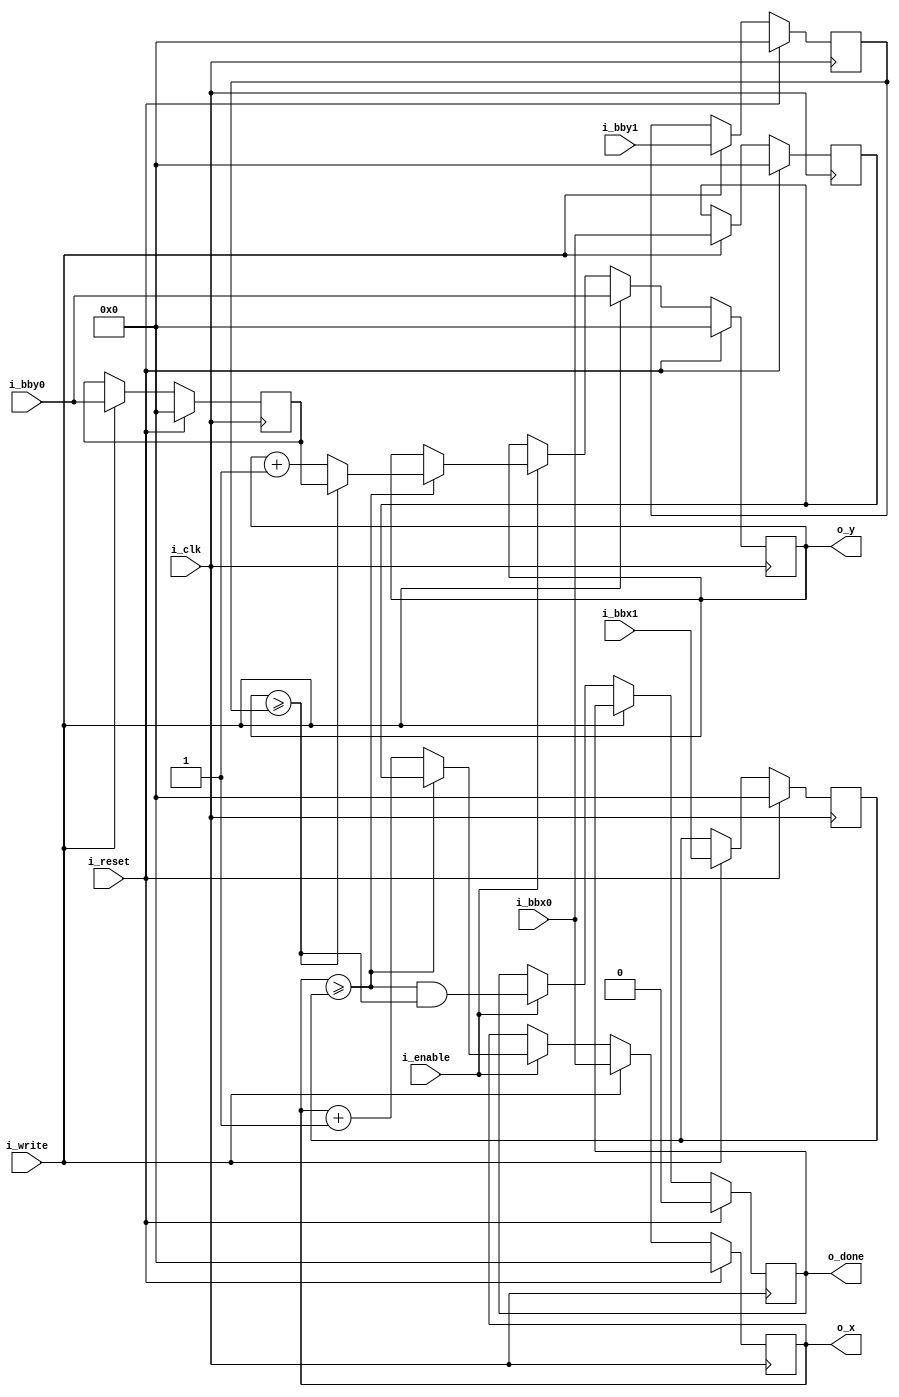
/*
 * Copyright (c) 2021, Marcos Medeiros
 * Licensed under BSD 3-clause.
 */
 
module BoundingBoxIterator #(parameter XLEN=15)
(
  input                       i_clk,
  input                       i_enable,
  input                       i_reset,
  input                       i_write,
  input signed [XLEN:0]       i_bbx0,
  input signed [XLEN:0]       i_bbx1,
  input signed [XLEN:0]       i_bby0,
  input signed [XLEN:0]       i_bby1,
  output reg                  o_done,
  output reg signed [XLEN:0]  o_x,
  output reg signed [XLEN:0]  o_y
);
  reg [XLEN:0] bbx0 = 0;
  reg [XLEN:0] bbx1 = 0;
  reg [XLEN:0] bby0 = 0;
  reg [XLEN:0] bby1 = 0;

  wire x_maxxed = (o_x >= bbx1);
  wire y_maxxed = (o_y >= bby1);

  initial begin
    o_x <= 0;
    o_y <= 0;
    o_done <= 0;
  end

  always @(posedge i_clk)
  begin
    if (i_reset)
    begin
      bbx0  <= 0;
      bbx1  <= 0;
      bby0  <= 0;
      bby1  <= 0;
      o_x   <= 0;
      o_y   <= 0;
      o_done <= 0;
    end
    else
    if (i_write)
    begin
      bbx0  <= i_bbx0;
      bbx1  <= i_bbx1;
      bby0  <= i_bby0;
      bby1  <= i_bby1;
      o_x   <= i_bbx0;
      o_y   <= i_bby0;
    end
    else if (i_enable)
    begin
      o_x     <= x_maxxed ? bbx0 : o_x + 1;
      o_y     <= x_maxxed ? (y_maxxed ? bby0 : o_y + 1) : o_y;
      o_done  <= x_maxxed && y_maxxed;
    end
  end
endmodule